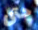
حتى